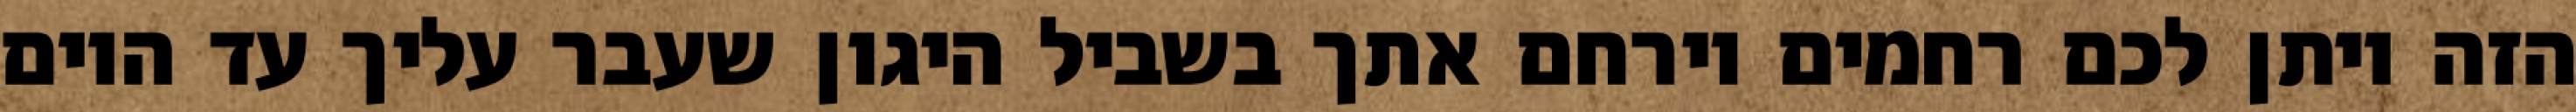
הזה ויתן לכם רחמים וירחם אתך בשביל היגון שעבר עליך עד היום